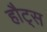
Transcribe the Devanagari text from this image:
हौट्स